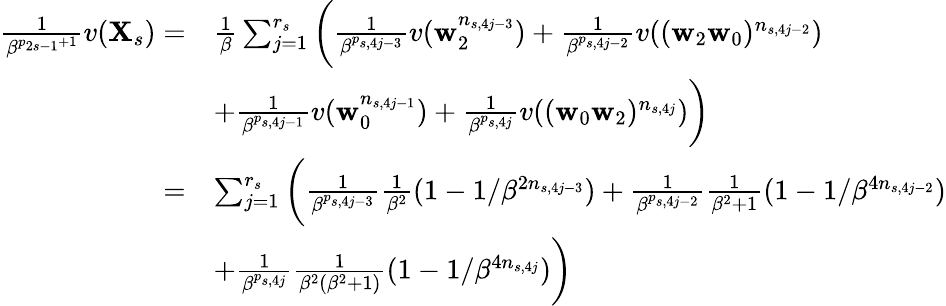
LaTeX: \begin{array}{rl}{\frac 1{\beta^{p_{2s-1}+1}}v(\mathbf X_{s})=}&{\frac 1\beta\sum_{j=1}^{r_{s}}\bigg(\frac 1{\beta^{p_{s,4j-3}}}v(\mathbf w_{2}^{n_{s,4j-3}})+\frac 1{\beta^{p_{s,4j-2}}}v((\mathbf w_{2}\mathbf w_{0})^{n_{s,4j-2}})}\\ &{+\frac 1{\beta^{p_{s,4j-1}}}v(\mathbf w_{0}^{n_{s,4j-1}})+\frac 1{\beta^{p_{s,4j}}}v((\mathbf w_{0}\mathbf w_{2})^{n_{s,4j}})\bigg)}\\ {=}&{\sum_{j=1}^{r_{s}}\bigg(\frac 1{\beta^{p_{s,4j-3}}}\frac 1{\beta^{2}}(1-1/\beta^{2n_{s,4j-3}})+\frac 1{\beta^{p_{s,4j-2}}}\frac 1{\beta^{2}+1}(1-1/\beta^{4n_{s,4j-2}})}\\ &{+\frac 1{\beta^{p_{s,4j}}}\frac 1{\beta^{2}(\beta^{2}+1)}(1-1/\beta^{4n_{s,4j}})\bigg)}\end{array}